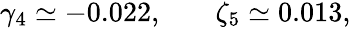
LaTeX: \begin{array}{rlr}{\gamma_{4}\simeq-0.022,}&{{}}&{\zeta_{5}\simeq 0.013,}\end{array}